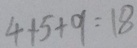
4 + 5 + 9 = 1 8